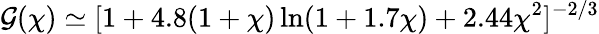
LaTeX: \mathcal{G}(\chi)\simeq[1+4.8(1+\chi)\ln(1+1.7\chi)+2.44\chi^{2}]^{-2/3}